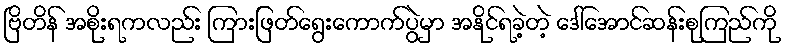
ဗြိတိန် အစိုးရကလည်း ကြားဖြတ်ရွေးကောက်ပွဲမှာ အနိုင်ရခဲ့တဲ့ ဒေါ်အောင်ဆန်းစုကြည်ကို